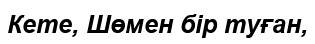
Кете, Шөмен бір туған,